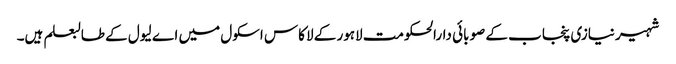
شہیر نیازی پنجاب کے صوبائی دارالحکومت لاہور کے لاکاس اسکول میں اے لیول کے طالبعلم ہیں۔